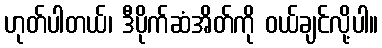
ဟုတ်ပါတယ်၊ ဒီပိုက်ဆံအိတ်ကို ဝယ်ချင်လို့ပါ။